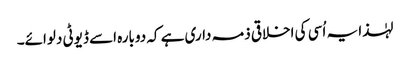
لہٰذا یہ اُسی کی اخلاقی ذمہ داری ہے کہ دوبارہ اسے ڈیوٹی دلوائے۔